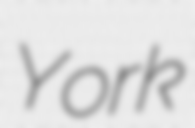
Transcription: York